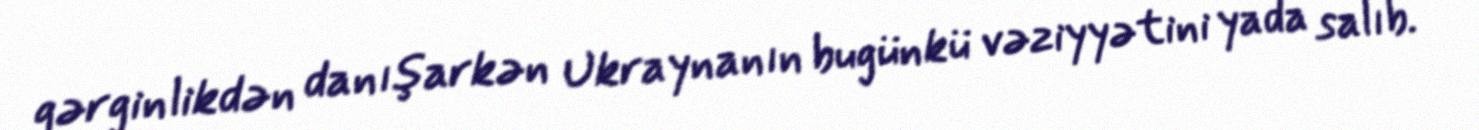
gərginlikdən danışarkən Ukraynanın bugünkü vəziyyətini yada salıb.